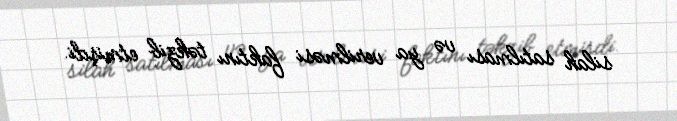
silah satılması və ya verilməsi faktını təkzib etmişdi.